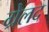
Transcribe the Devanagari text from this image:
ग्रेलद